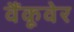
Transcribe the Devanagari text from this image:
वैंकूवेर